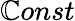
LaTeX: \mathbb{C}onst